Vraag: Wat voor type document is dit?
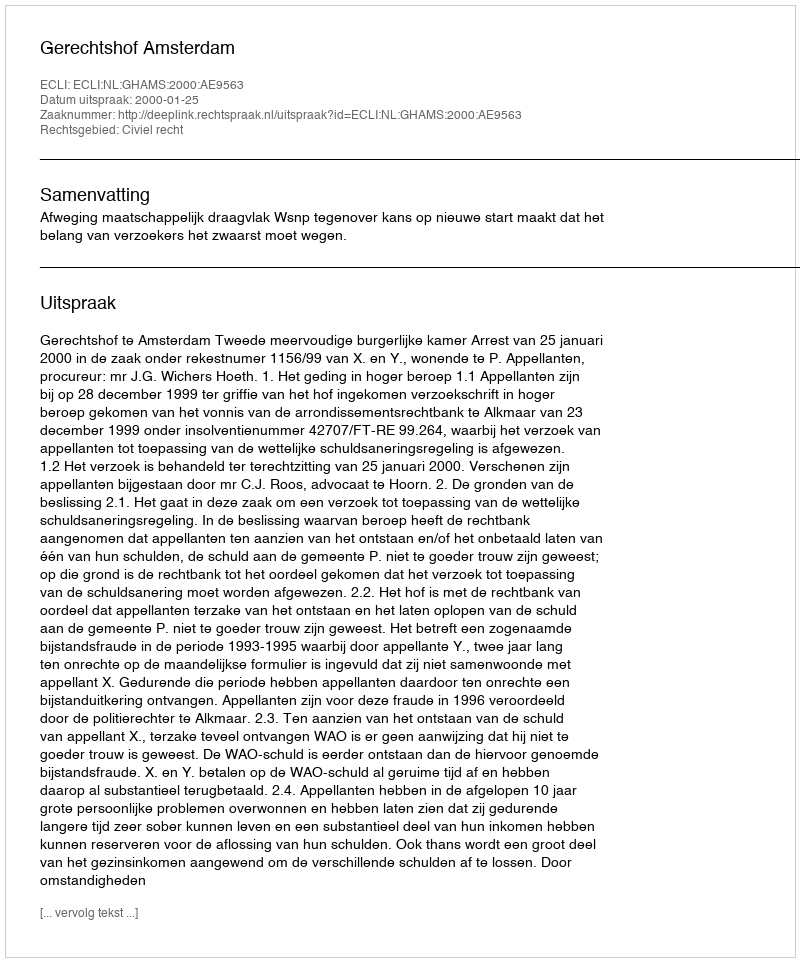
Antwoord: Uitspraak